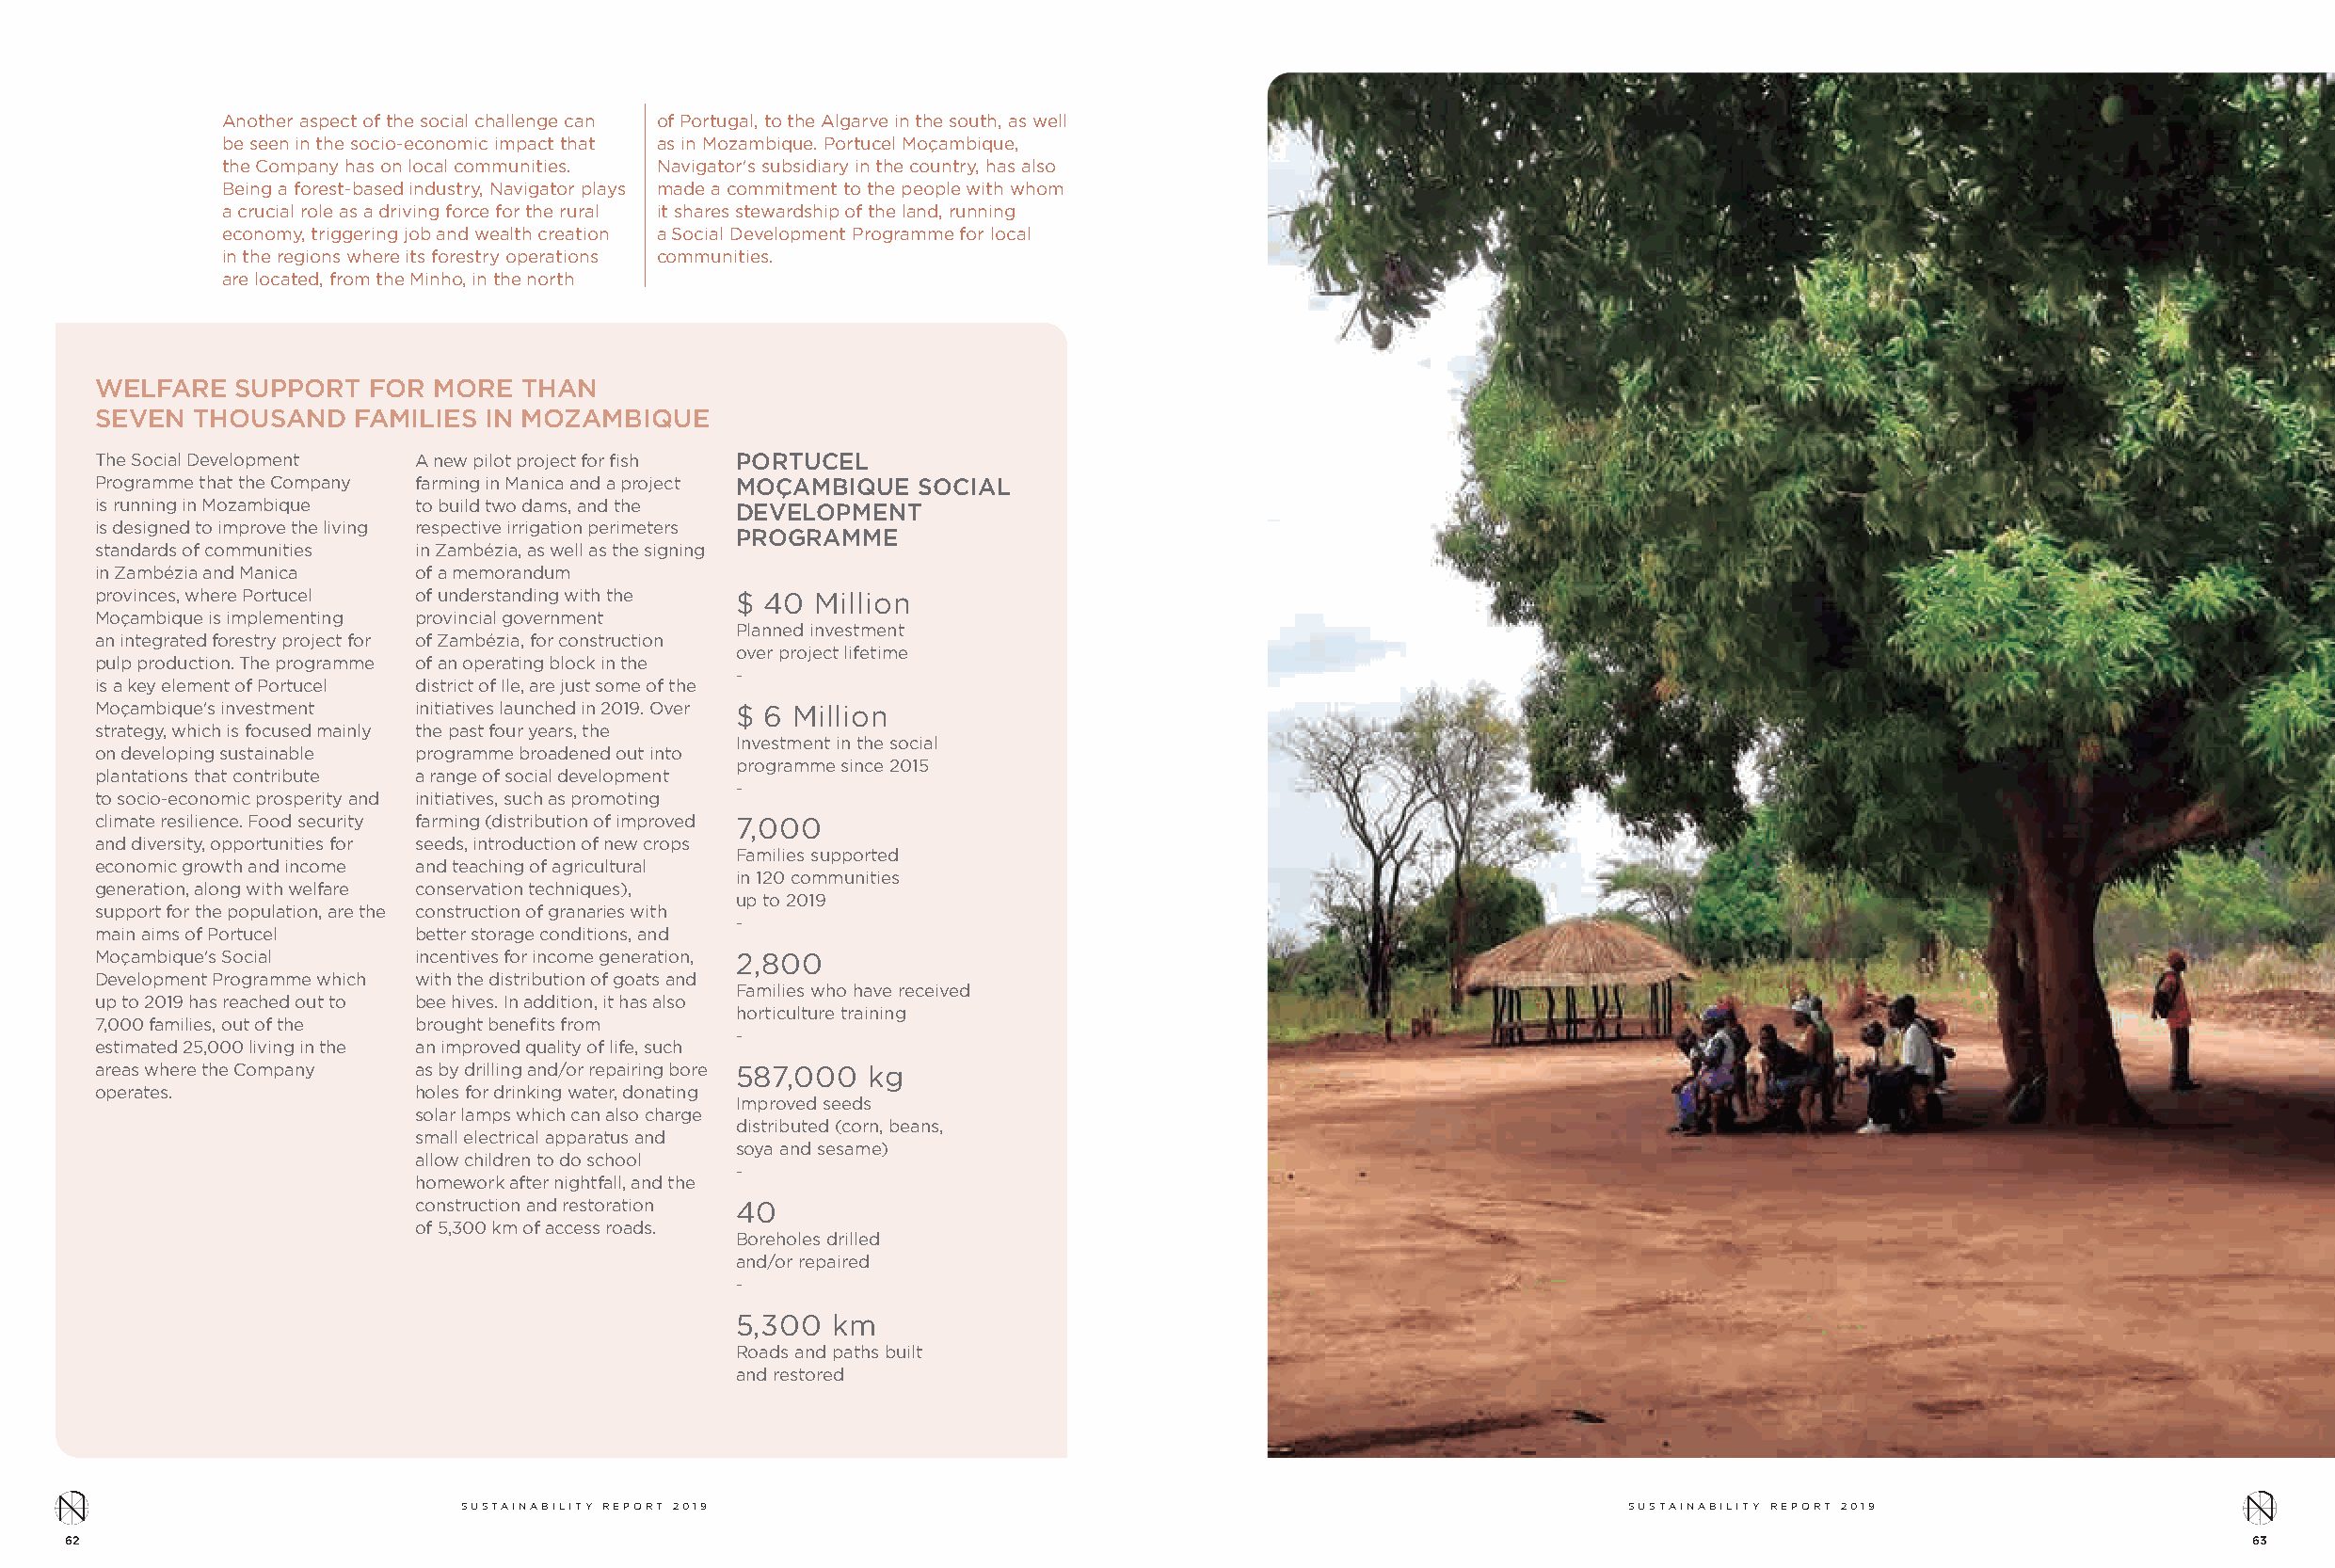
Another aspect of the social challenge can of Portugal, to the Algarve in the south, as well
 be seen in the socio-economic impact that as in Mozambique. Portucel Moçambique,
 the Company has on local communities. Navigator's subsidiary in the country, has also
 Being a forest-based industry, Navigator plays made a commitment to the people with whom
 a crucial role as a driving force for the rural it shares stewardship of the land, running
 economy, triggering job and wealth creation a Social Development Programme for local
 in the regions where its forestry operations communities.
 are located, from the Minho, in the north
 WELFARE   SUPPORT  FOR MORE   THAN
 SEVEN  THOUSAND   FAMILIES IN MOZAMBIQUE
 The Social Development A new pilot project for fish PORTUCEL
 Programme that the Company farming in Manica and a project MOÇAMBIQUE SOCIAL
 is running in Mozambique to build two dams, and the DEVELOPMENT
 is designed to improve the living respective irrigation perimeters
 PROGRAMME
 standards of communities in Zambézia, as well as the signing
 in Zambézia and Manica of a memorandum
 provinces, where Portucel of understanding with the $ 40 Million
 Moçambique is implementing provincial government
 Planned investment
 an integrated forestry project for of Zambézia, for construction
 over project lifetime
 pulp production. The programme of an operating block in the
 -
 is a key element of Portucel district of Ile, are just some of the
 Moçambique's investment initiatives launched in 2019. Over $ 6 Million
 strategy, which is focused mainly the past four years, the
 Investment in the social
 on developing sustainable programme broadened out into
 programme since 2015
 plantations that contribute a range of social development
 -
 to socio-economic prosperity and initiatives, such as promoting
 climate resilience. Food security farming (distribution of improved 7,000
 and diversity, opportunities for seeds, introduction of new crops
 Families supported
 economic growth and income and teaching of agricultural
 in 120 communities
 generation, along with welfare conservation techniques),
 up to 2019
 support for the population, are the construction of granaries with
 -
 main aims of Portucel better storage conditions, and
 Moçambique's Social   incentives for income generation, 2,800
 Development Programme which with the distribution of goats and
 Families who have received
 up to 2019 has reached out to bee hives. In addition, it has also
 horticulture training
 7,000 families, out of the brought benefits from
 -
 estimated 25,000 living in the an improved quality of life, such
 areas where the Company as by drilling and/or repairing bore 587,000 kg
 operates.             holes for drinking water, donating
 Improved seeds
 solar lamps which can also charge
 distributed (corn, beans,
 small electrical apparatus and
 soya and sesame)
 allow children to do school
 -
 homework after nightfall, and the
 construction and restoration 40
 of 5,300 km of access roads.
 Boreholes drilled
 and/or repaired
 -
 5,300  km
 Roads and paths built
 and restored
 SUSTAINABILITY REPORT 2019                                                         SUSTAINABILITY REPORT 2019
 62                                                                                                                                                       63